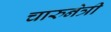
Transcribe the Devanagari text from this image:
चारुनेत्री